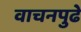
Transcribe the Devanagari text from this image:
वाचनपुढे